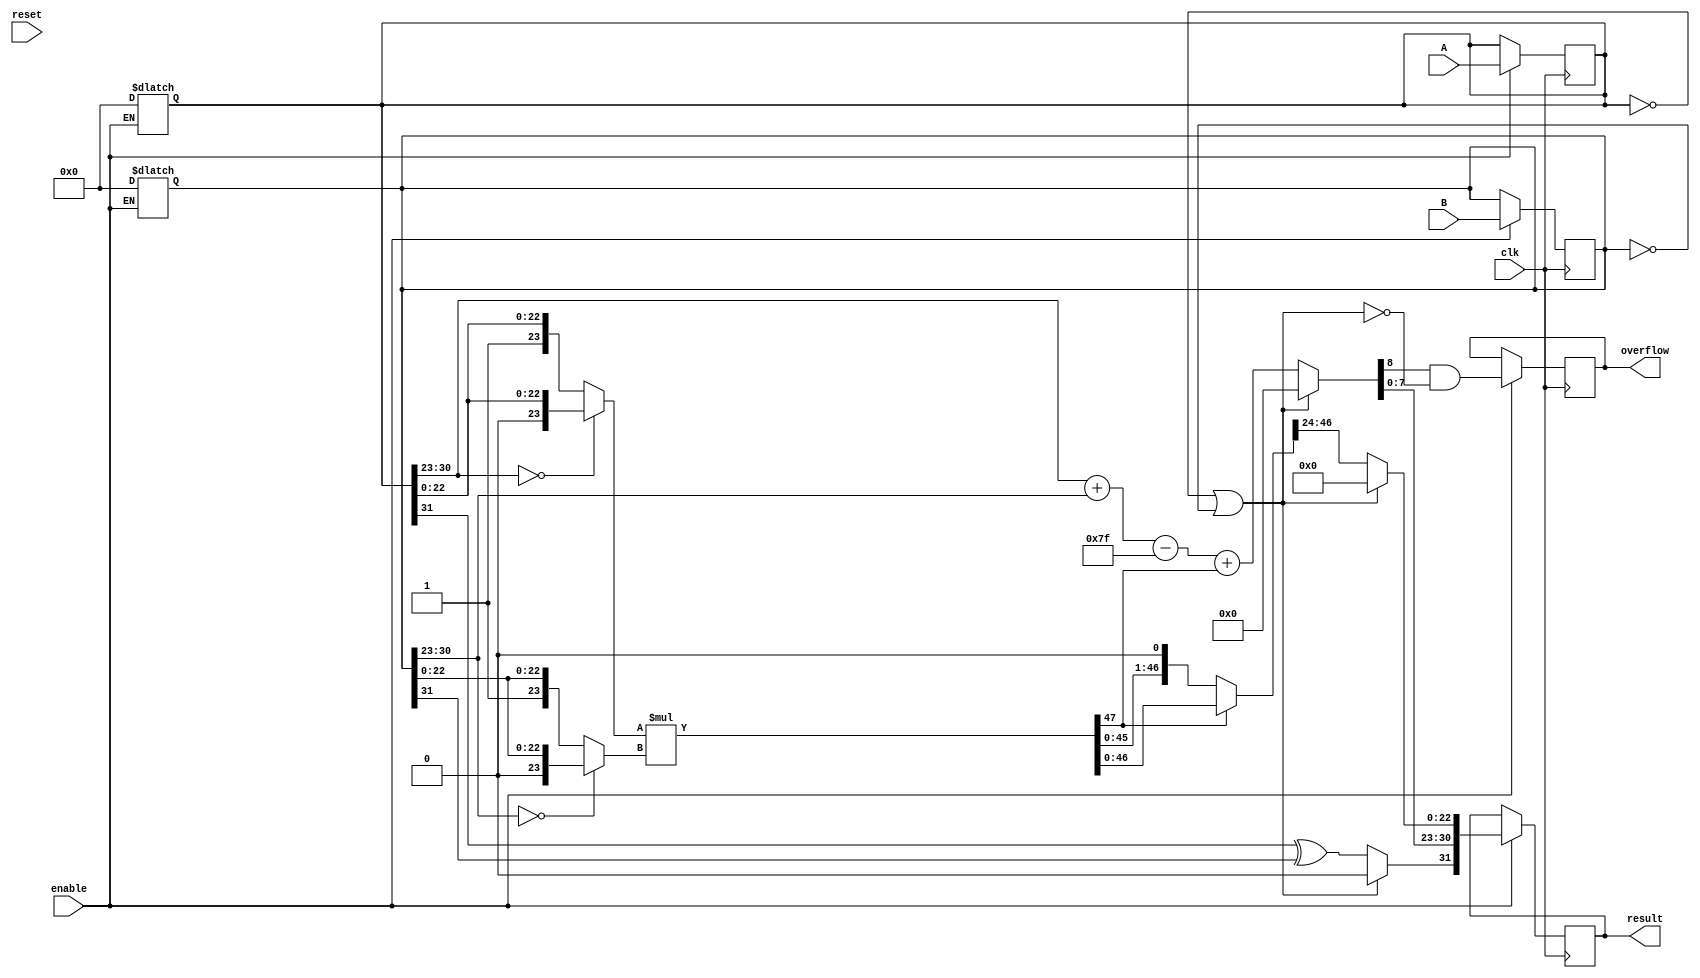
module singleModuleFPM #(parameter N = 32) (
    input clk, reset, enable,
    input signed [N-1:0] A, B,
    output reg signed [N-1:0] result,
    output reg overflow
);
    reg signed [31:0] regA,regB;
    wire signed [31:0] regOut;
    wire regOverflow;

always @(reset) begin
      if (enable) begin
            regA <= 0;
            regB <= 0;
        end
    end
    always @(posedge clk) begin
      if (enable) begin
            regA <= A;
            regB <= B;
        end
    end

    wire SR, zeroFlag;
    wire [8:0] ER;
    wire [23:0] MA, MB;
    wire [47:0] mantissasProduct, mantissaProductNormalized;
    wire [22:0] MR;

    assign zeroFlag = (regA == 32'b0 || regB == 32'b0);
    assign SR = zeroFlag ? 0 : (regA[31] ^ regB[31]);
    assign MA = (regA[30:23] == 8'b0) ? {1'b0, regA[22:0]} : {1'b1, regA[22:0]};
    assign MB = (regB[30:23] == 8'b0) ? {1'b0, regB[22:0]} : {1'b1, regB[22:0]};
    assign mantissasProduct = MA * MB;
    assign mantissaProductNormalized = mantissasProduct[47] ?  mantissasProduct : (mantissasProduct << 1);
    assign MR = zeroFlag ? 0 : mantissaProductNormalized[46:24];
    assign ER = zeroFlag ? 0 : (regA[30:23] + regB[30:23] - 8'b01111111 + mantissasProduct[47]);
    assign regOverflow = (ER[8]) & !zeroFlag;
    assign regOut = {SR, ER[7:0], MR};

    always @(posedge clk) begin
        if (enable) begin
            result <= regOut;
            overflow <=regOverflow;
        end
    end

endmodule